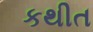
કથીત